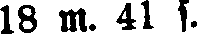
18 m. 41 s.